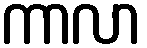
ကာလာ